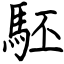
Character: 駓